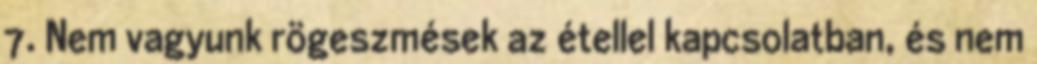
7. Nem vagyunk rögeszmések az étellel kapcsolatban, és nem